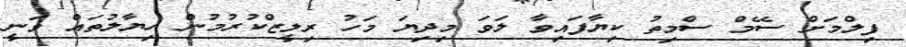
ފިލްމަށް ސޭމް ސްމިތު ކިޔާފައިވާ ލަވަ މިދިޔަ މަހު ރިލީޒްކުރުމުން ހިޔާލުތައް ވަނީ